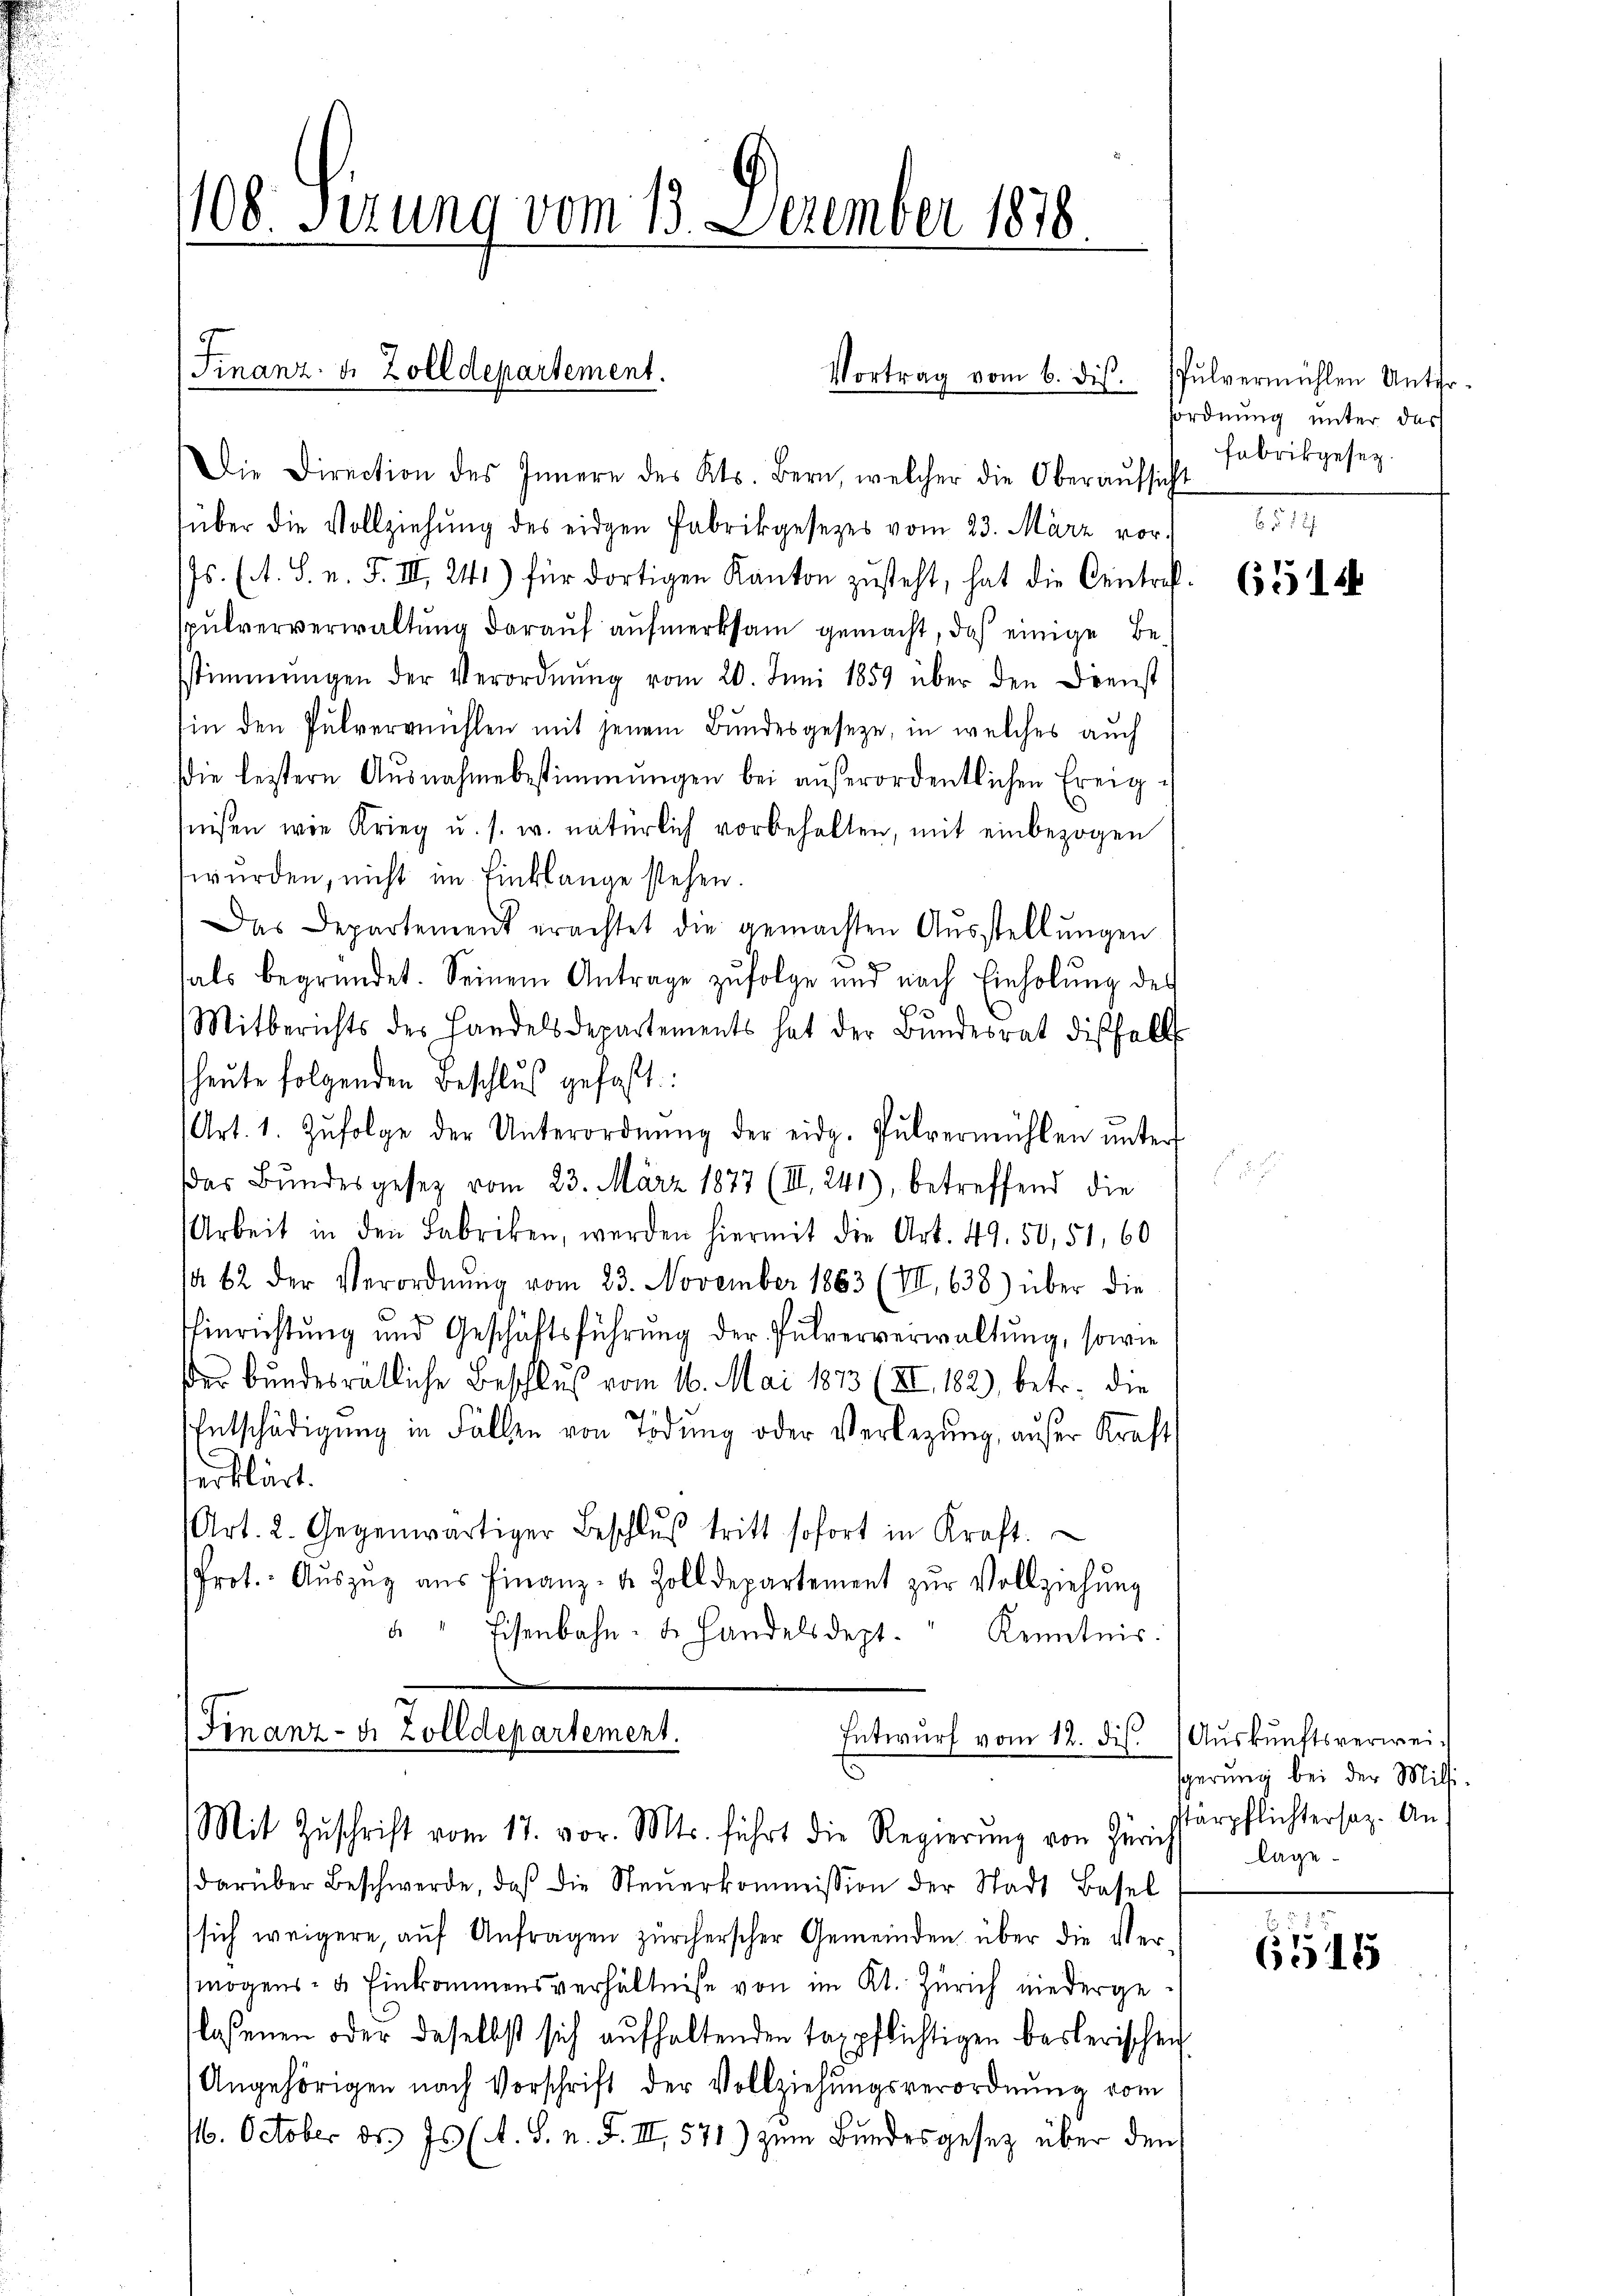
108. Sizung vom 13. Dezember 1878

(Finanz- u. Zolldepartement.
Vortrag vom 6. dis.

Die Direction des Innere des Kts. Bern, welcher die Oberaŭfsicht
über die Vollziehŭng des eidgen Fabrikgesezes vom 23. März vor.
s. (A. S. n. F. III 241) für dortigen Kanton zusteht, hat die Centrefpulververwaltung darauf aufmerksam gemacht, daß einige Besstimmungen der Verordnŭng vom 20. Juni 1859 über den Dienst
in den Pulvermühlen mit jenem Bundesgeseze, in welches auch
die leztern Ausnahmebestimmungen bei aŭβerordentlichen Ereign
seisen wie Krieg u. s. w. natürlich vorbehalten, mit einbezogen
würden, nicht im Einklange stehen.
Das Departement erachtet die gemachten Aŭsstellŭngen
als begründet. Seinem Antrage zufolge und nach Einholung des
Mitberichts des Handelsdepartements hat der Bŭndesrat diesfalls
heute folgenden Beschluß gefaßt:
Art. 1. Zŭfolge der Unterordnŭng der eidg. Pulvermühlen ŭnter
das Bundesgesetz vom 23. März 1877 (II. 241), betreffend die
Arbeit in den Fabriken, werden hiermit die Art. 49. 50, 51, 60
a 62 der Verordnŭng vom 23. November 1883 (VII. 638.) über die
Einrichtung und Geschäftsführung der Pulververwaltung, sowie
er bundesrätliche Beschluß vom 16. Mai 1873 (XI. 182, betr. die
Entschädigung in Fällen von Tödung oder Verlegung, aufer Kraft
erklärt.
(Art. 2. Gegenwärtiger Beschlŭβ tritt sofort in Kraft.
Prot. Aŭszŭg aŭs Finanz- u. Zolldepartement zŭr Vollziehŭng
"" Eisenbahn- u. handelsdept. Kenntnis.
e

(Finanz- u. Zolldepartement.
Entwurf vom 12. dis.
Mit Zŭschrift vom 17. vor. Mts. führt die Regierŭng von Zürich

darüber Beschwerde, daß die Steŭerkommission der Stadt Basel
sich weigere, auf Anfragen zürcherscher Gemeinden über die Ver
mögens- u. Einkommensverhältnisse von im Kt. Zürich niedergelassenen oder daselbst sich aufhaltenden taxpflichtigen Baslerischen
Angehörigen nach Vorschrift der Vollziehŭngsverordnŭng vom
16. October ds. Is (A. S. n. F. III 571) zum Bundesgesetz über den

Pulvermühlen Unterordnung unter das
Fabrikgesez

6514

Auskunftsverweigerung bei der Millistärpflichtersaz. An
lage

6515